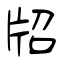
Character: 牊